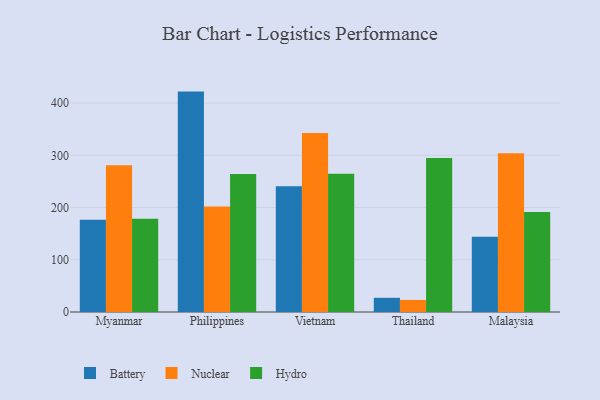
{"axis": {"x": "Country", "y": "Customer Acquisition Cost (USD)"}, "legend": ["Battery", "Hydro", "Nuclear"], "data": [{"x": "Myanmar", "y": 176.7, "type": "Battery"}, {"x": "Myanmar", "y": 281.2, "type": "Nuclear"}, {"x": "Myanmar", "y": 178.7, "type": "Hydro"}, {"x": "Philippines", "y": 422.0, "type": "Battery"}, {"x": "Philippines", "y": 202.2, "type": "Nuclear"}, {"x": "Philippines", "y": 264.1, "type": "Hydro"}, {"x": "Vietnam", "y": 240.9, "type": "Battery"}, {"x": "Vietnam", "y": 342.9, "type": "Nuclear"}, {"x": "Vietnam", "y": 264.7, "type": "Hydro"}, {"x": "Thailand", "y": 27.2, "type": "Battery"}, {"x": "Thailand", "y": 23.1, "type": "Nuclear"}, {"x": "Thailand", "y": 295.0, "type": "Hydro"}, {"x": "Malaysia", "y": 144.2, "type": "Battery"}, {"x": "Malaysia", "y": 304.1, "type": "Nuclear"}, {"x": "Malaysia", "y": 191.7, "type": "Hydro"}]}